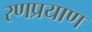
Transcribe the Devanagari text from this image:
रणप्रयाण